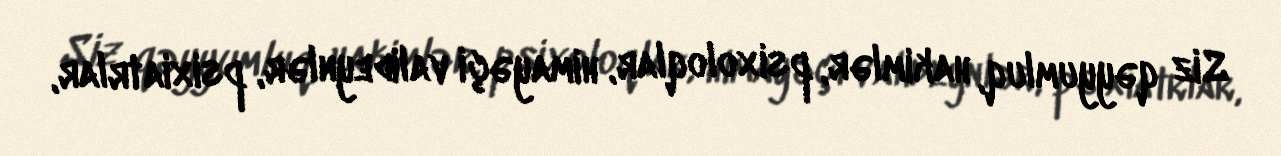
Siz qəyyumluq, hakimlər, psixoloqlar, himayəçi valideynlər, psixiatrlar,